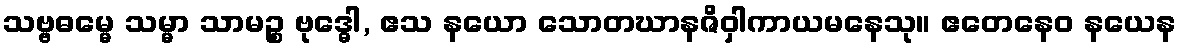
သဗ္ဗဓမ္မေ သမ္မာ သာမဉ္စ ဗုဒ္ဓေါ, ဧသ နယော သောတဃာနဇိဝှါကာယမနေသု။ ဧတေနေဝ နယေန